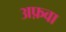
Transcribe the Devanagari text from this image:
अफ़वा